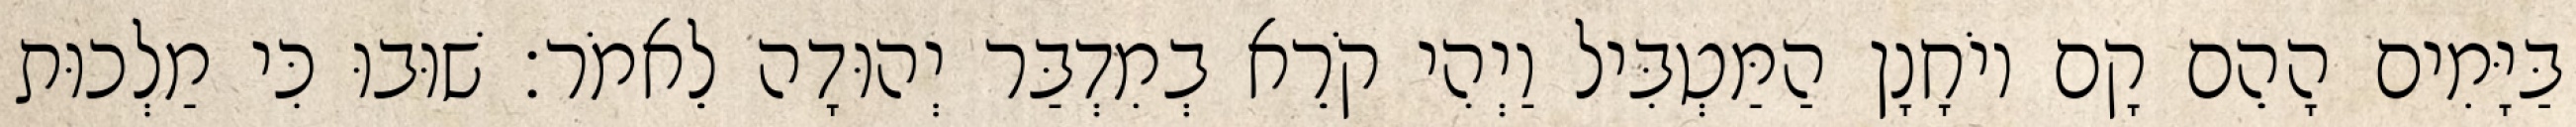
בַּיָּמִים הָהֵם קָם יוֹחָנָן הַמַּטְבִּיל וַיְהִי קֹרֵא בְמִדְבַּר יְהוּדָה לֵאמֹר׃ שׁוּבוּ כִּי מַלְכוּת